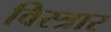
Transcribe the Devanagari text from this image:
विस्त्रार